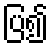
ပြ၍